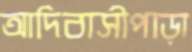
আদিবাসীপাড়া